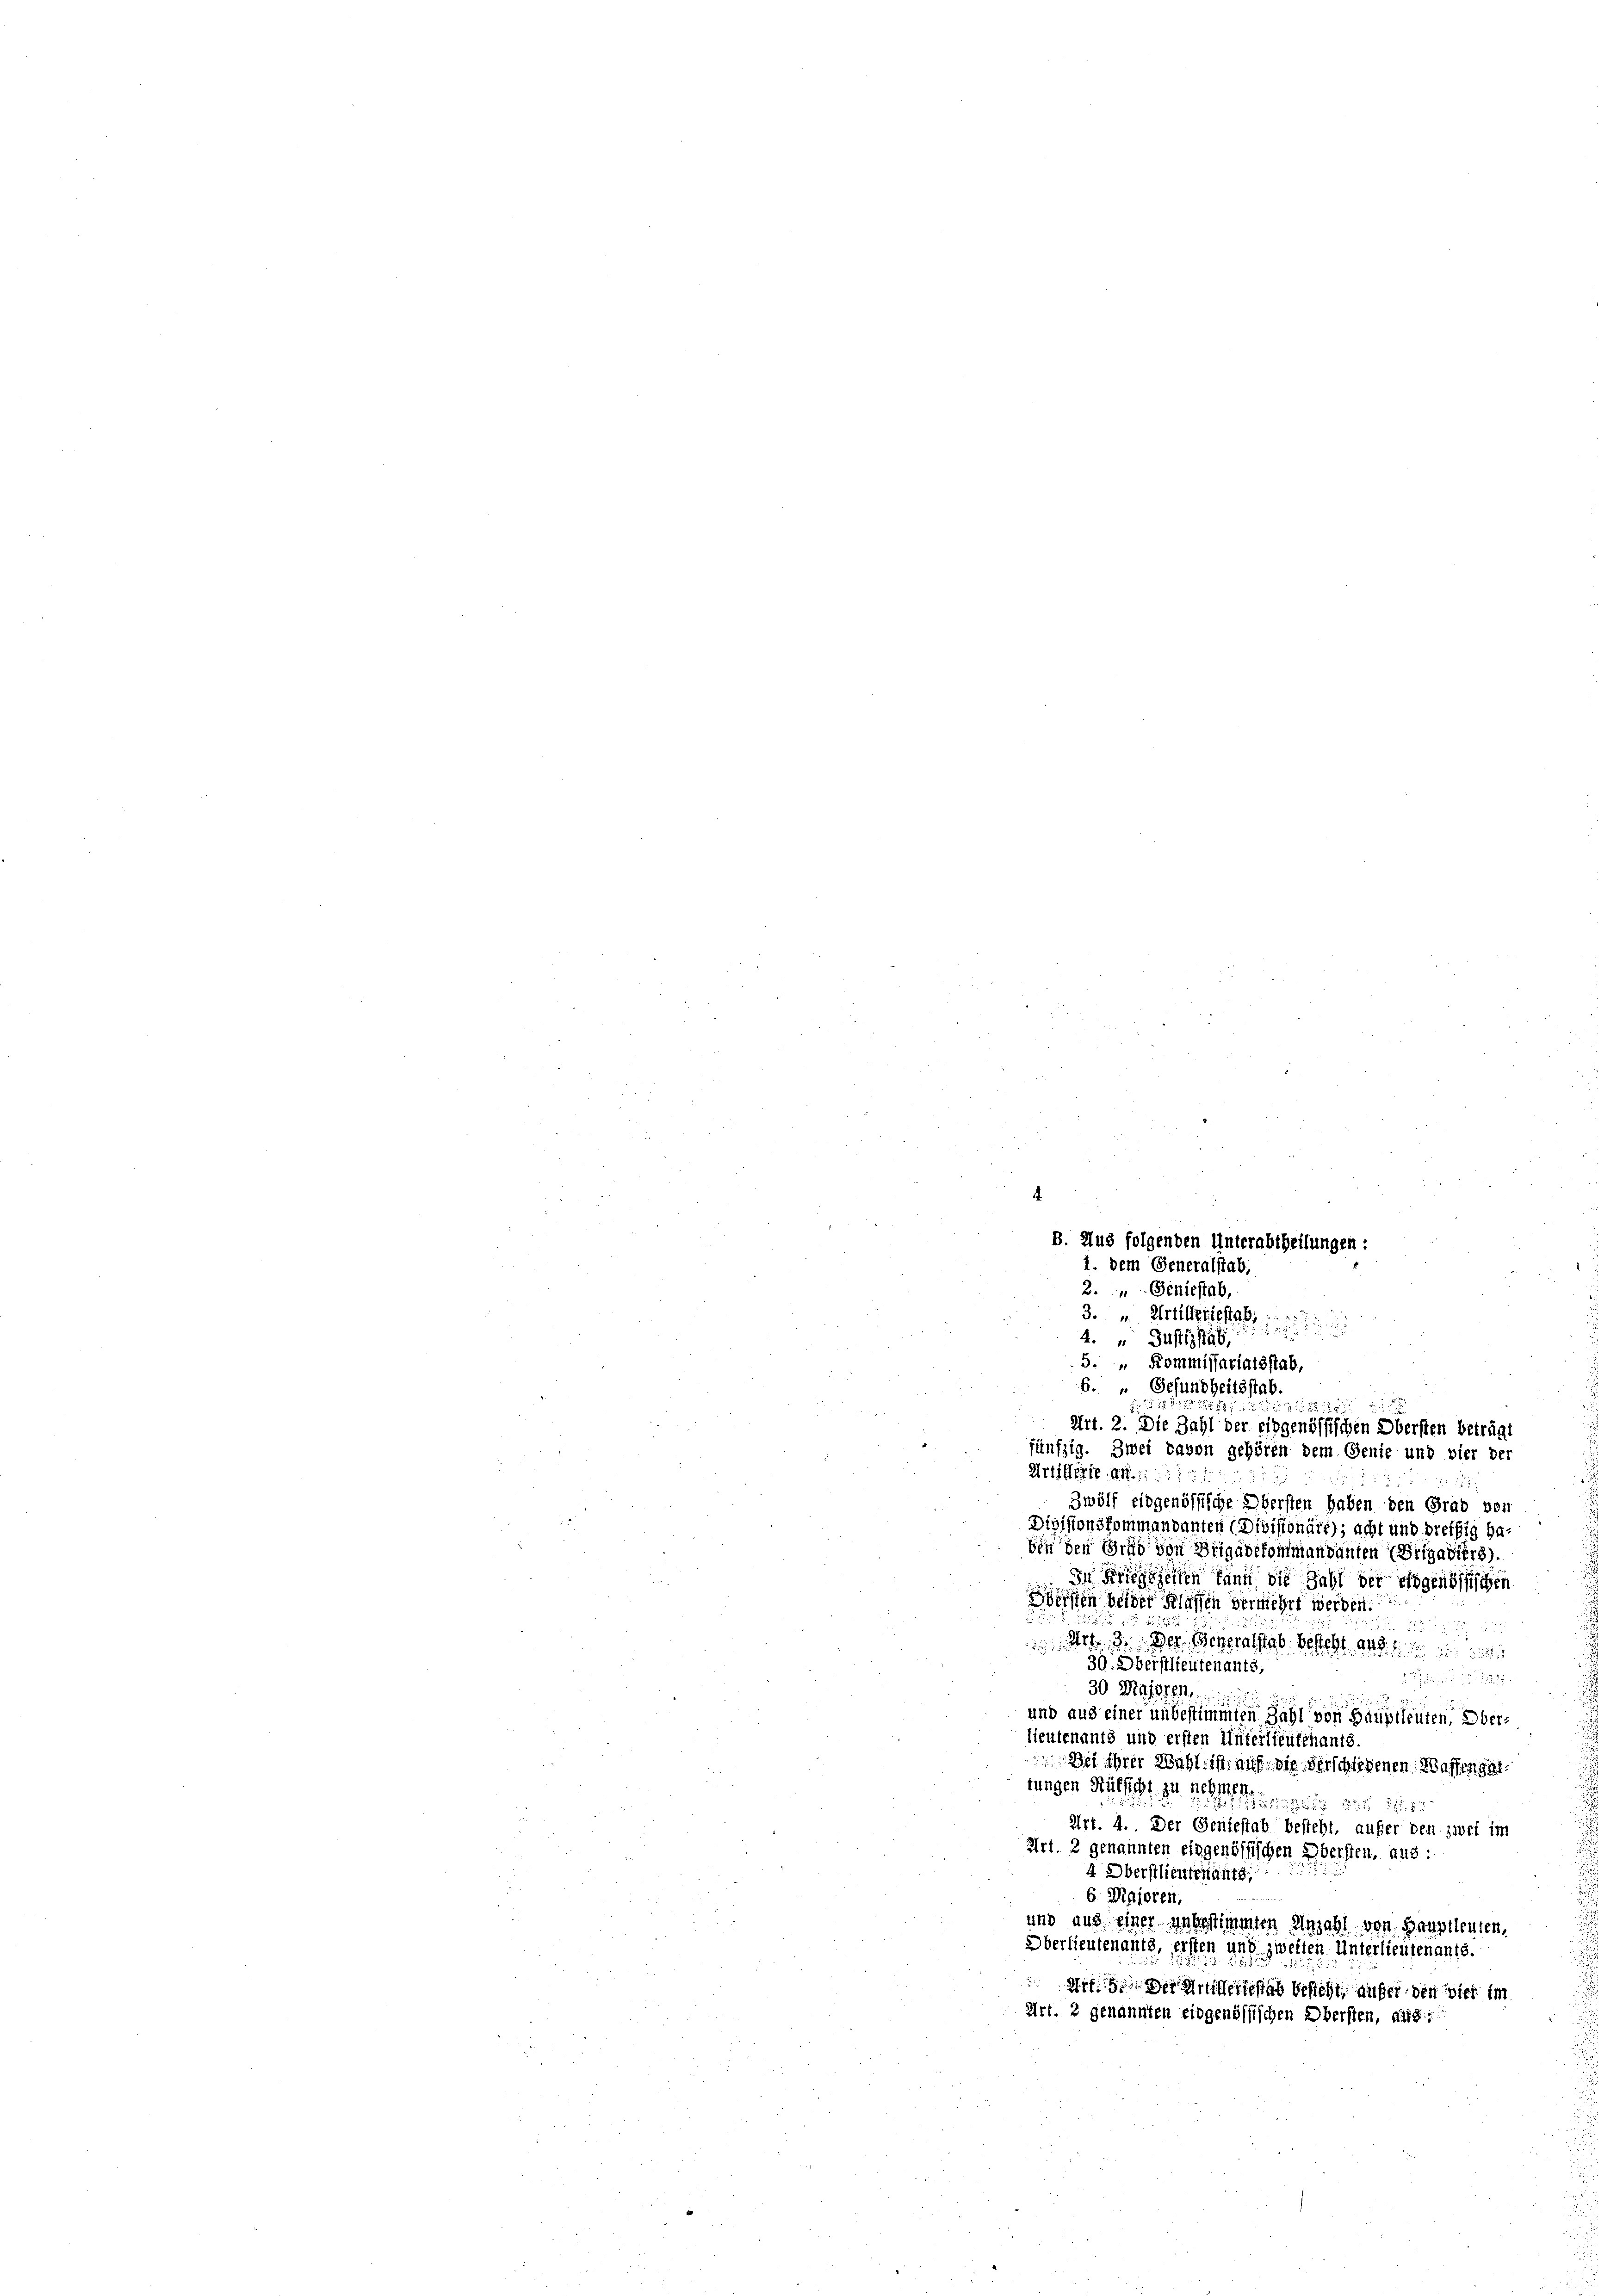
e
fünfzig. Zwei davon gehören dem Genie und vier der
Artillerie an. 1
Zwölf eidgenössische Obersten haben den Grab von
Divisionskommandanten (Divisionäre); acht und dreißig haben den Grad von Brigadekommandanten (Brigadier).
n Kriegszeiten kann, die Zahl der eidgenössischen
öffen beider Klaffen vermehrt werden.

 Art. 3. Der Generalstab besteht an
30. Oberstlieutenants,
2
30 Maisten,
und aus einer unbestimmten Zahl von Hauptleuten, Oberlieutenants und ersten Unterlieutenants.
Dei ihrer Wahl ist auf die Verschiedenen Waffengat
tungen Rüksicht zu nehmen.
 29
Art. 4. Der Geniestab besteht, aufer den zwei im
Art. 2 genannten eidgenössischen Übersten, aus:
4 Oberstlieutenants.
6 Majoren,
und aus einer unbestimmten Anzahl von Hauptleuten,
Oberlieutenants, ersten und zweiten. Unterlieutenante.
rf. Der Grifferiestab besteht, außer den wie im
Art. 2 genannten eidgenössischen Obersten, aufg

B. Aus folgenden Unterabtheilungen:
1. dem Generalstab,
2. " Geniestab,
3. " Artilleriestat

4. " Justizstab,
5. " Kommissariatsstab,
6. " Gesundheitsstab
218

Art. 2. Die Zahl der eidgenössischen Obersten beträgt

5